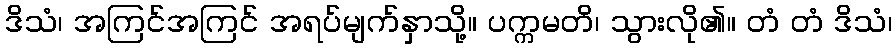
ဒိသံ၊ အကြင်အကြင် အရပ်မျက်နှာသို့။ ပက္ကမတိ၊ သွားလို၏။ တံ တံ ဒိသံ၊